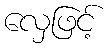
လှေဖြင့်